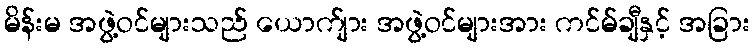
မိန်းမ အဖွဲ့ဝင်များသည် ယောက်ျား အဖွဲ့ဝင်များအား ကင်မ်ချီနှင့် အခြား